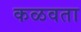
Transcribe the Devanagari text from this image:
कळवता